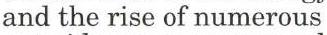
and the rise of numerous